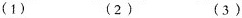
（1） （2）（3）